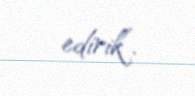
edirik”.